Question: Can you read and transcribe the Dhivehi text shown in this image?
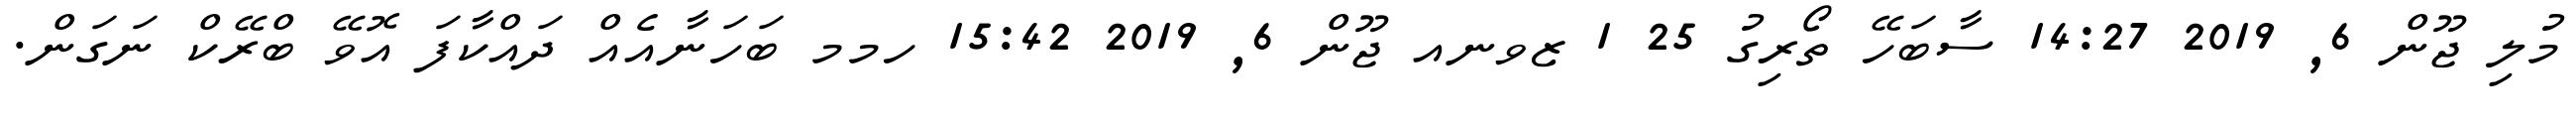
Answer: މުލި ޖޫން 6, 2019 14:27 ސާބަހޭ ތޯރިގު 25 1 ޒވނއ ޖޫން 6, 2019 15:42 ހމމ ބަހަނާއެއް ދައްކާފަ އޮވޭ ބްރޭކް ނަގަން.